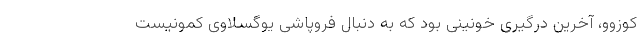
کوزوو، آخرین درگیری خونینی بود که به دنبال فروپاشی یوگسلاوی کمونیست